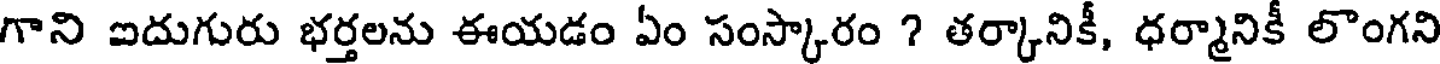
గాని ఐదుగురు భర్తలను ఈయడం ఏం సంస్కారం ? తర్కానికీ, ధర్మానికీ లొంగని